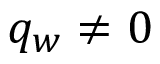
q _ { w } \neq 0